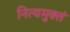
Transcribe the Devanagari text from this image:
नित्यमुक्तं